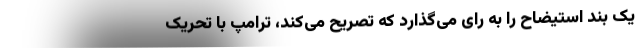
یک بند استیضاح را به رای می‌گذارد که تصریح می‌کند، ترامپ با تحریک